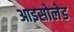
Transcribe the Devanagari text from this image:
आइसोलेड